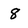
Character: 8